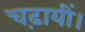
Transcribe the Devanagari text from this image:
चढ़ायीं।